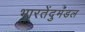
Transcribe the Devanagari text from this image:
भारतेंदुमंडल